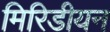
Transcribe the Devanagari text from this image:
मिरिडीयन